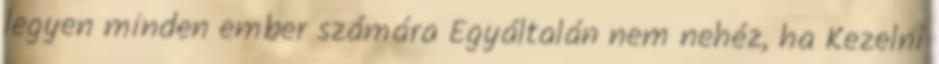
legyen minden ember számára Egyáltalán nem nehéz, ha Kezelni